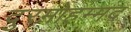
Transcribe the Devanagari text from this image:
दुरमोहम्मद